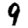
Digit: 9